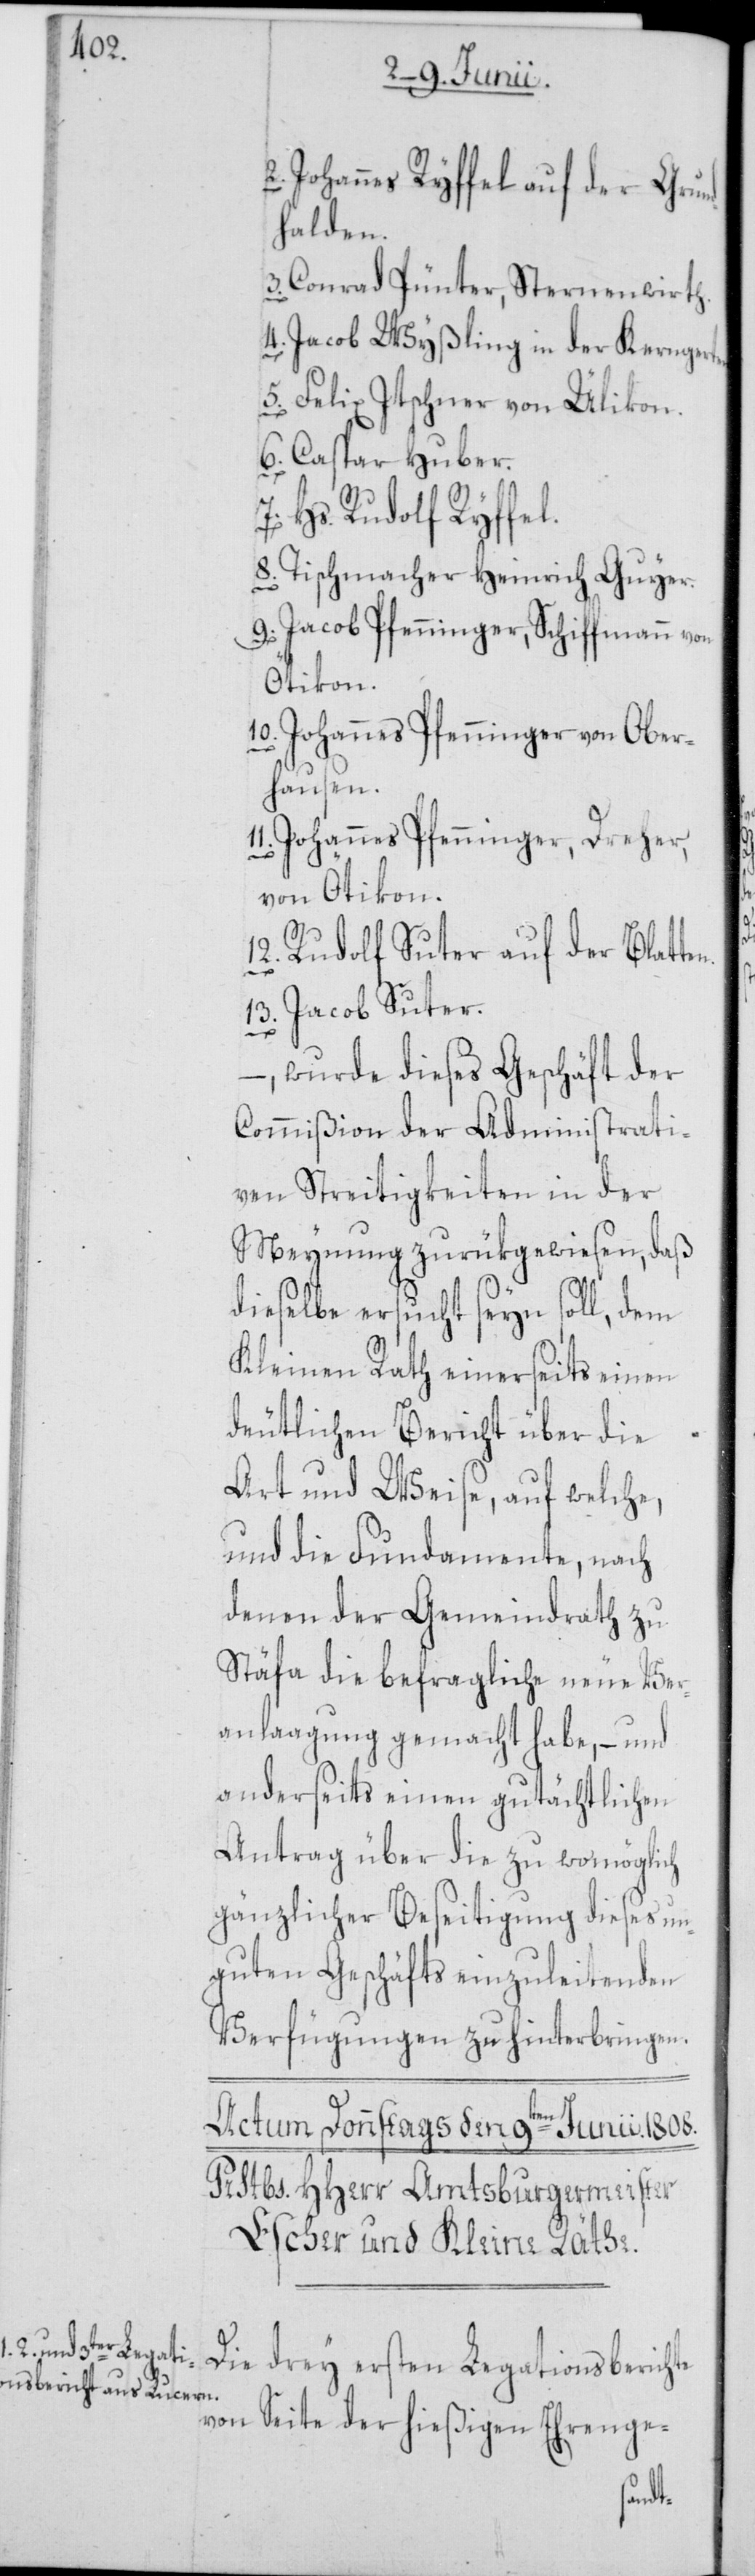
2. Johannes Ryffel auf der Grun¬
dhalden.
3. Conrad Pünter, Sternenwirth.
4. Jacob Wyßling in der Kernger¬
5. Felix Itschner von Ülikon.
6. Caspar Huber.
7. Hs. Rudolf Ryffel.
Tischmacher Heinrich Guyer.
n.
9. Jacob Pfenninger, Schiffmann von
Ötikon.
10. Johannes Pfenninger von Ober¬
hausen.
11. Johannes Pfenninger, Dreher,
von Ötikon.
12. Rudolf Suter auf der Blatte¬
13. Jacob Suter.
–, wurde dieses Geschäft der
Commißion der Administrati¬
ven Streitigkeiten in der
Meynung zurükgewiesen, daß
dieselbe ersucht seyn soll, dem
Kleinen Rath einerseits einen
deutlichen Bericht über die
Art und Weise, auf welche,
und die Fundamente, nach
denen der Gemeindrath zu
Stäfa die befragliche neue Ver¬
anlaagung gemacht habe, – und
anderseits einen gutächtlichen
Antrag über die zu womöglich
gänzlicher Beseitigung dieses un¬
guten Geschäfts einzuleitenden
Verfügungen zu hinterbringen.
te¬
Die drey ersten Legationsberichte
von Seite der hießigen Ehrenge-